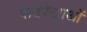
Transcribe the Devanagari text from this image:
पार्श्वरेखाओं